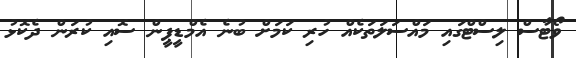
ވޯޓާސް ލިސްޓްގައި މައްސަލަތަކެއް ހުރި ކަމަށް ބުނެ އެމްޑީޕީން ސޮއި ކުރަން ދެކޮޅު